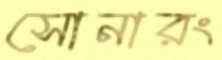
সোনারং